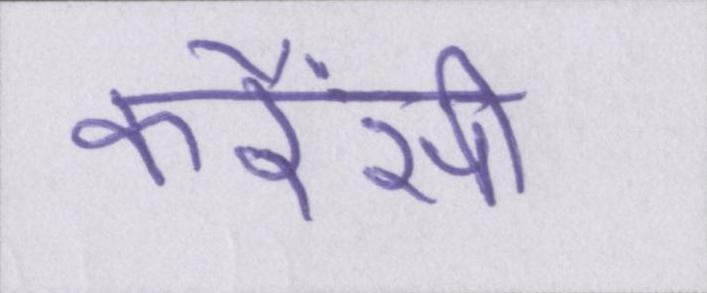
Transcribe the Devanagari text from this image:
करैंसी